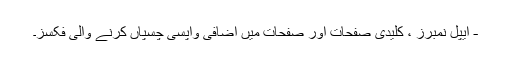
- ایپل نمبرز ، کلیدی صفحات اور صفحات میں اضافی واپسی چسپاں کرنے والی فکسز۔